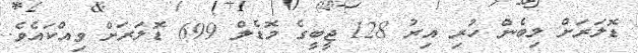
ޑޮލަރަށް ލިބެން ހުރި އިރު 128 ޖީބީގެ މޮޑެލް 699 ޑޮލަރަށް ވިއްކައެވެެ.